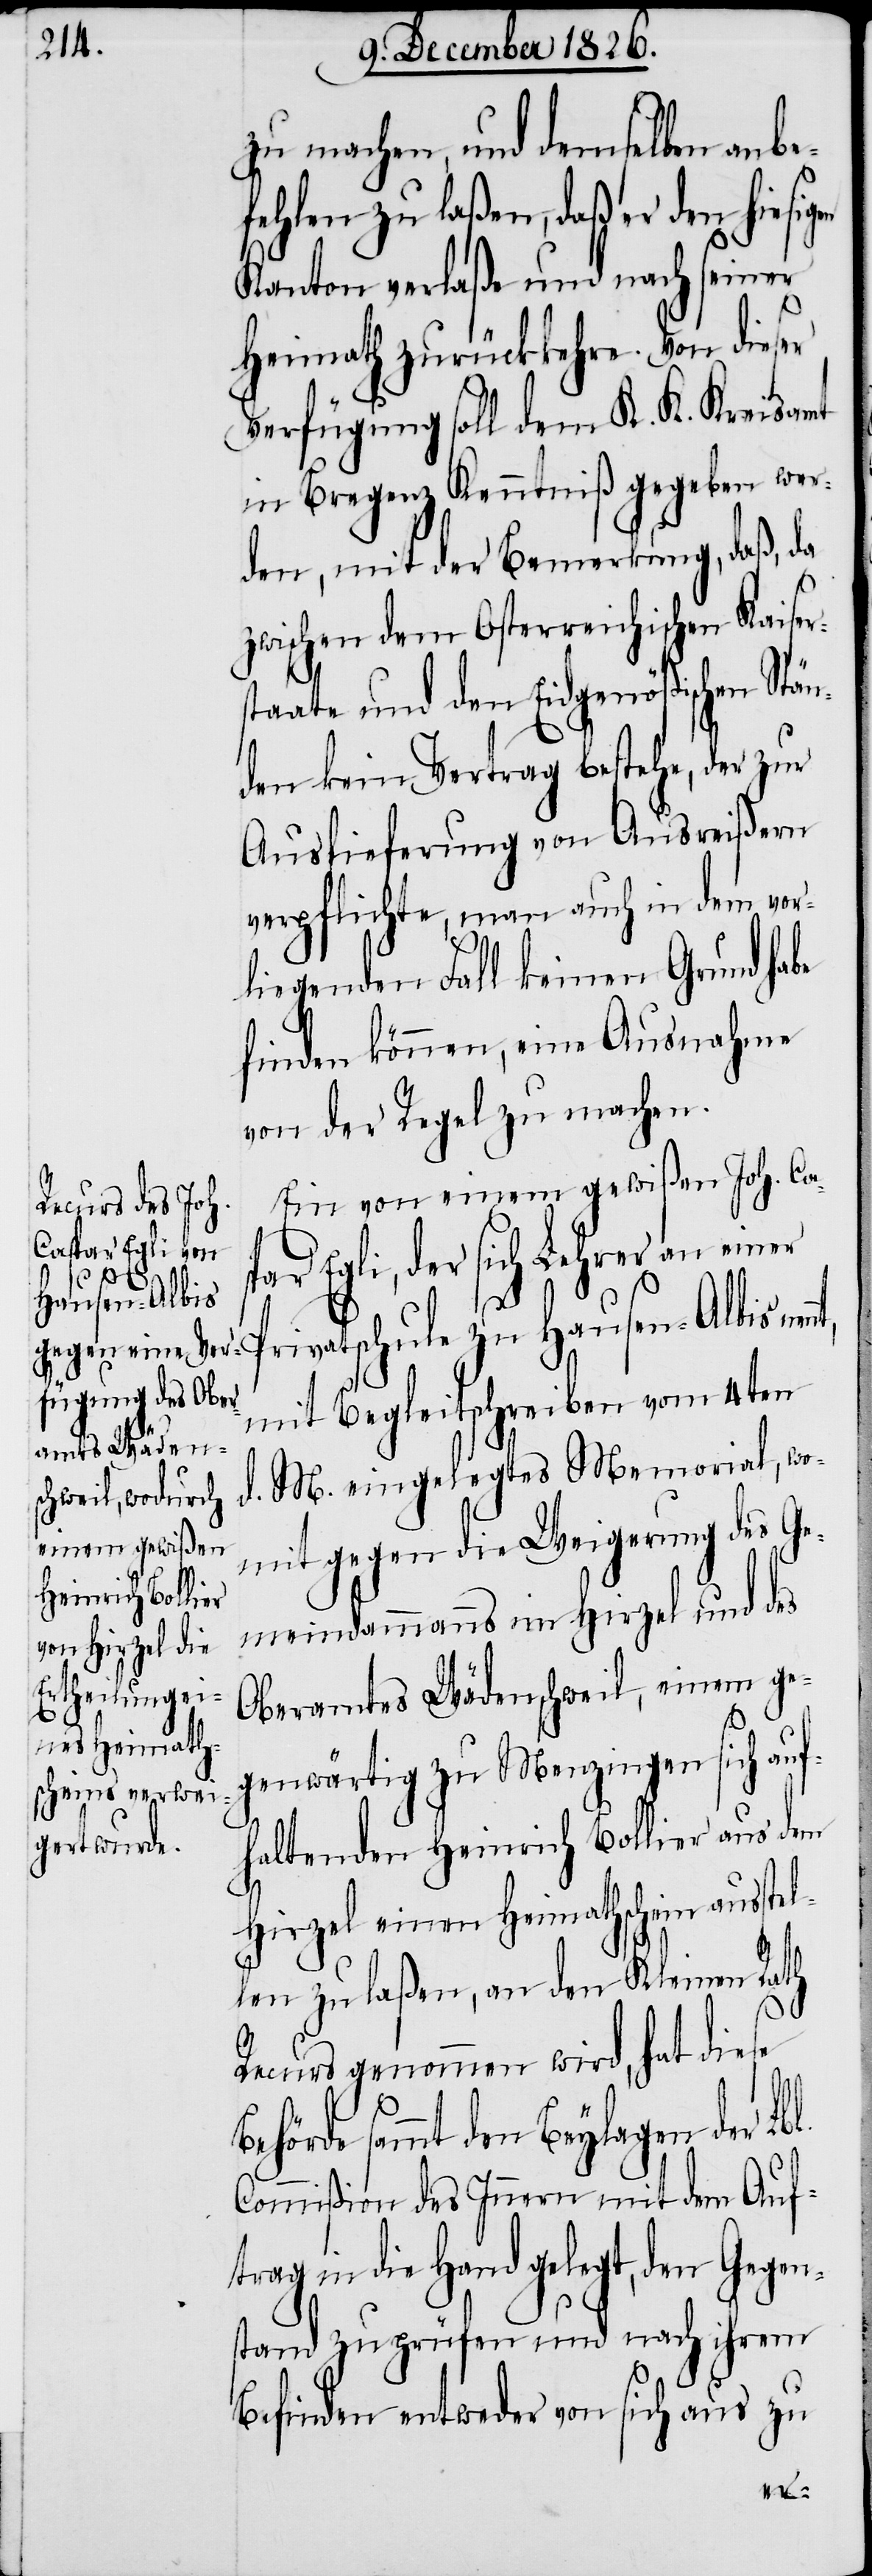
zu machen, und demselben anbe¬
fehlen zu laßen, daß er den hiesi¬
Kanton verlaße und nach seiner
Heimath zurückkehre. Von dieser
Verfügung soll dem K. K. Kreisamt
in Bregenz Kenntniß gegeben wer¬
den, mit der Bemerkung, daß, da
zwischen dem Osterreichischen Kaiser¬
staate und den Eidgenößischen Stän¬
den kein Vertrag bestehe, der zur
Auslieferung von Ausreißern
verpflichte, man auch in dem vor¬
liegenden Fall keinen Grund habe
finden können, eine Ausnahme
von der Regel zu machen.
Ein von einem gewißen Joh. Ca¬
ar Egli, der sich Lehrer an einer
Beh¬
Hausen-Albis
mit Begleitschreiben vom 4ten
d. M. eingelegtes Memorial, wo¬
mit gegen die Weigerung des Ge¬
meindammanns im Hirzel und des
Oberamtes Wädenschweil, einem ge¬
genwärtig zu Menzingen sich auf¬
haltenden Heinrich Bollier aus dem
Hirzel einen Heimathschein ausst¬
len zu laßen, an den Kleinen Rath
Recurs genommen wird, hat diese
örde sammt den Beylagen der Lbl.
Commißion des Innern mit dem Auf¬
gelegt, den Gegen¬
stand zu prüfen und nach ihrem
Befinden entweder von sich aus zu